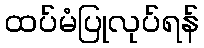
ထပ်မံပြုလုပ်ရန်